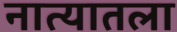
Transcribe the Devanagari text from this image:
नात्यातला